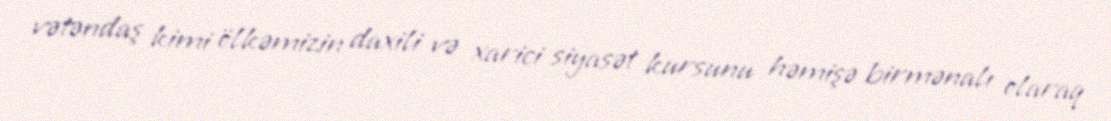
vətəndaş kimi ölkəmizin daxili və xarici siyasət kursunu həmişə birmənalı olaraq